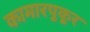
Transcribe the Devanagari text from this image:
कामारपुकूर